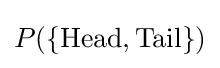
P(\{{\text{Head}},{\text{Tail}}\})